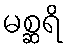
မစ္ဆရိ